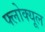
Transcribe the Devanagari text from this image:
फ्लोक्यूल